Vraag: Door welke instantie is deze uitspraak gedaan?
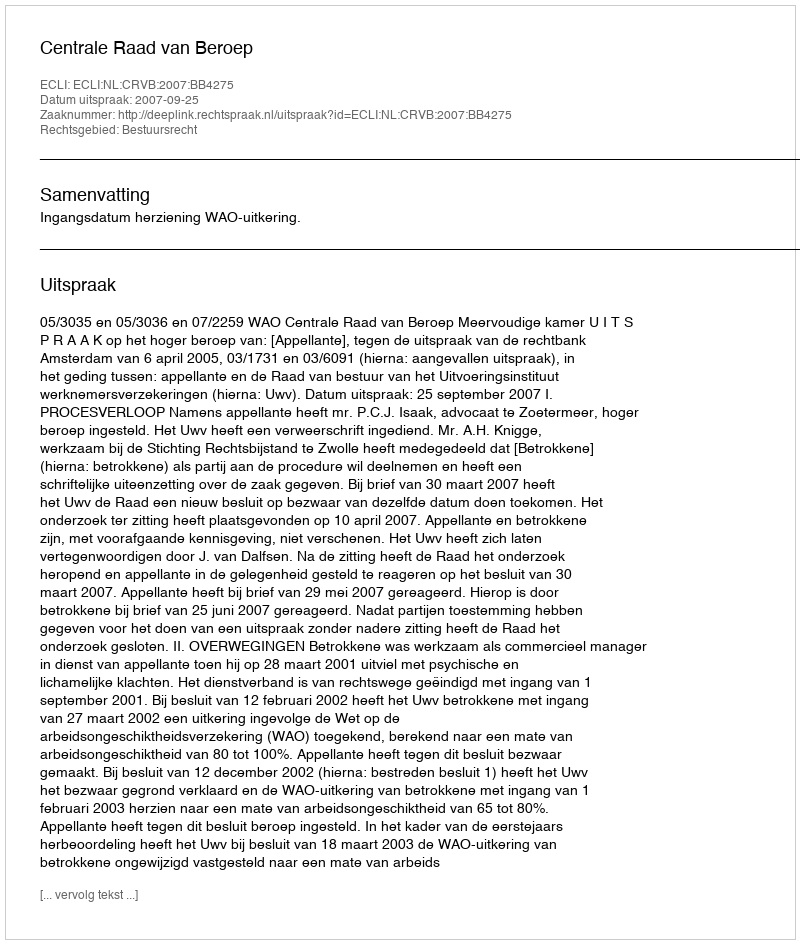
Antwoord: Centrale Raad van Beroep